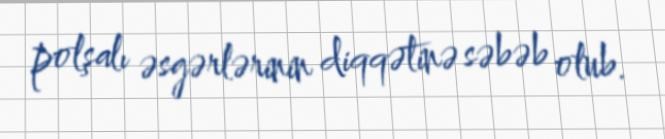
polşalı əsgərlərinin diqqətinə səbəb olub.